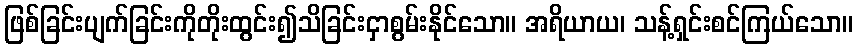
ဖြစ်ခြင်းပျက်ခြင်းကိုတိုးထွင်း၍သိခြင်းငှာစွမ်းနိုင်သော။ အရိယာယ၊ သန့်ရှင်းစင်ကြယ်သော။